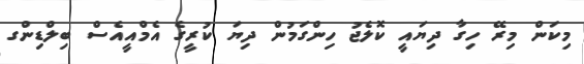
މިކަން މިރޭ ހިގާ ދިޔައީ ކޮލެޖު ހިންގަމުން ދިޔަ ކުރީގެ އެމްއީއެސް ބިލްޑިންގ